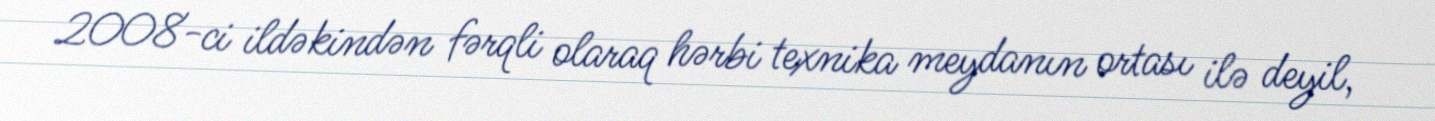
2008-ci ildəkindən fərqli olaraq hərbi texnika meydanın ortası ilə deyil,